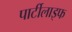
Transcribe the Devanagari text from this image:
पार्टीलाइफ